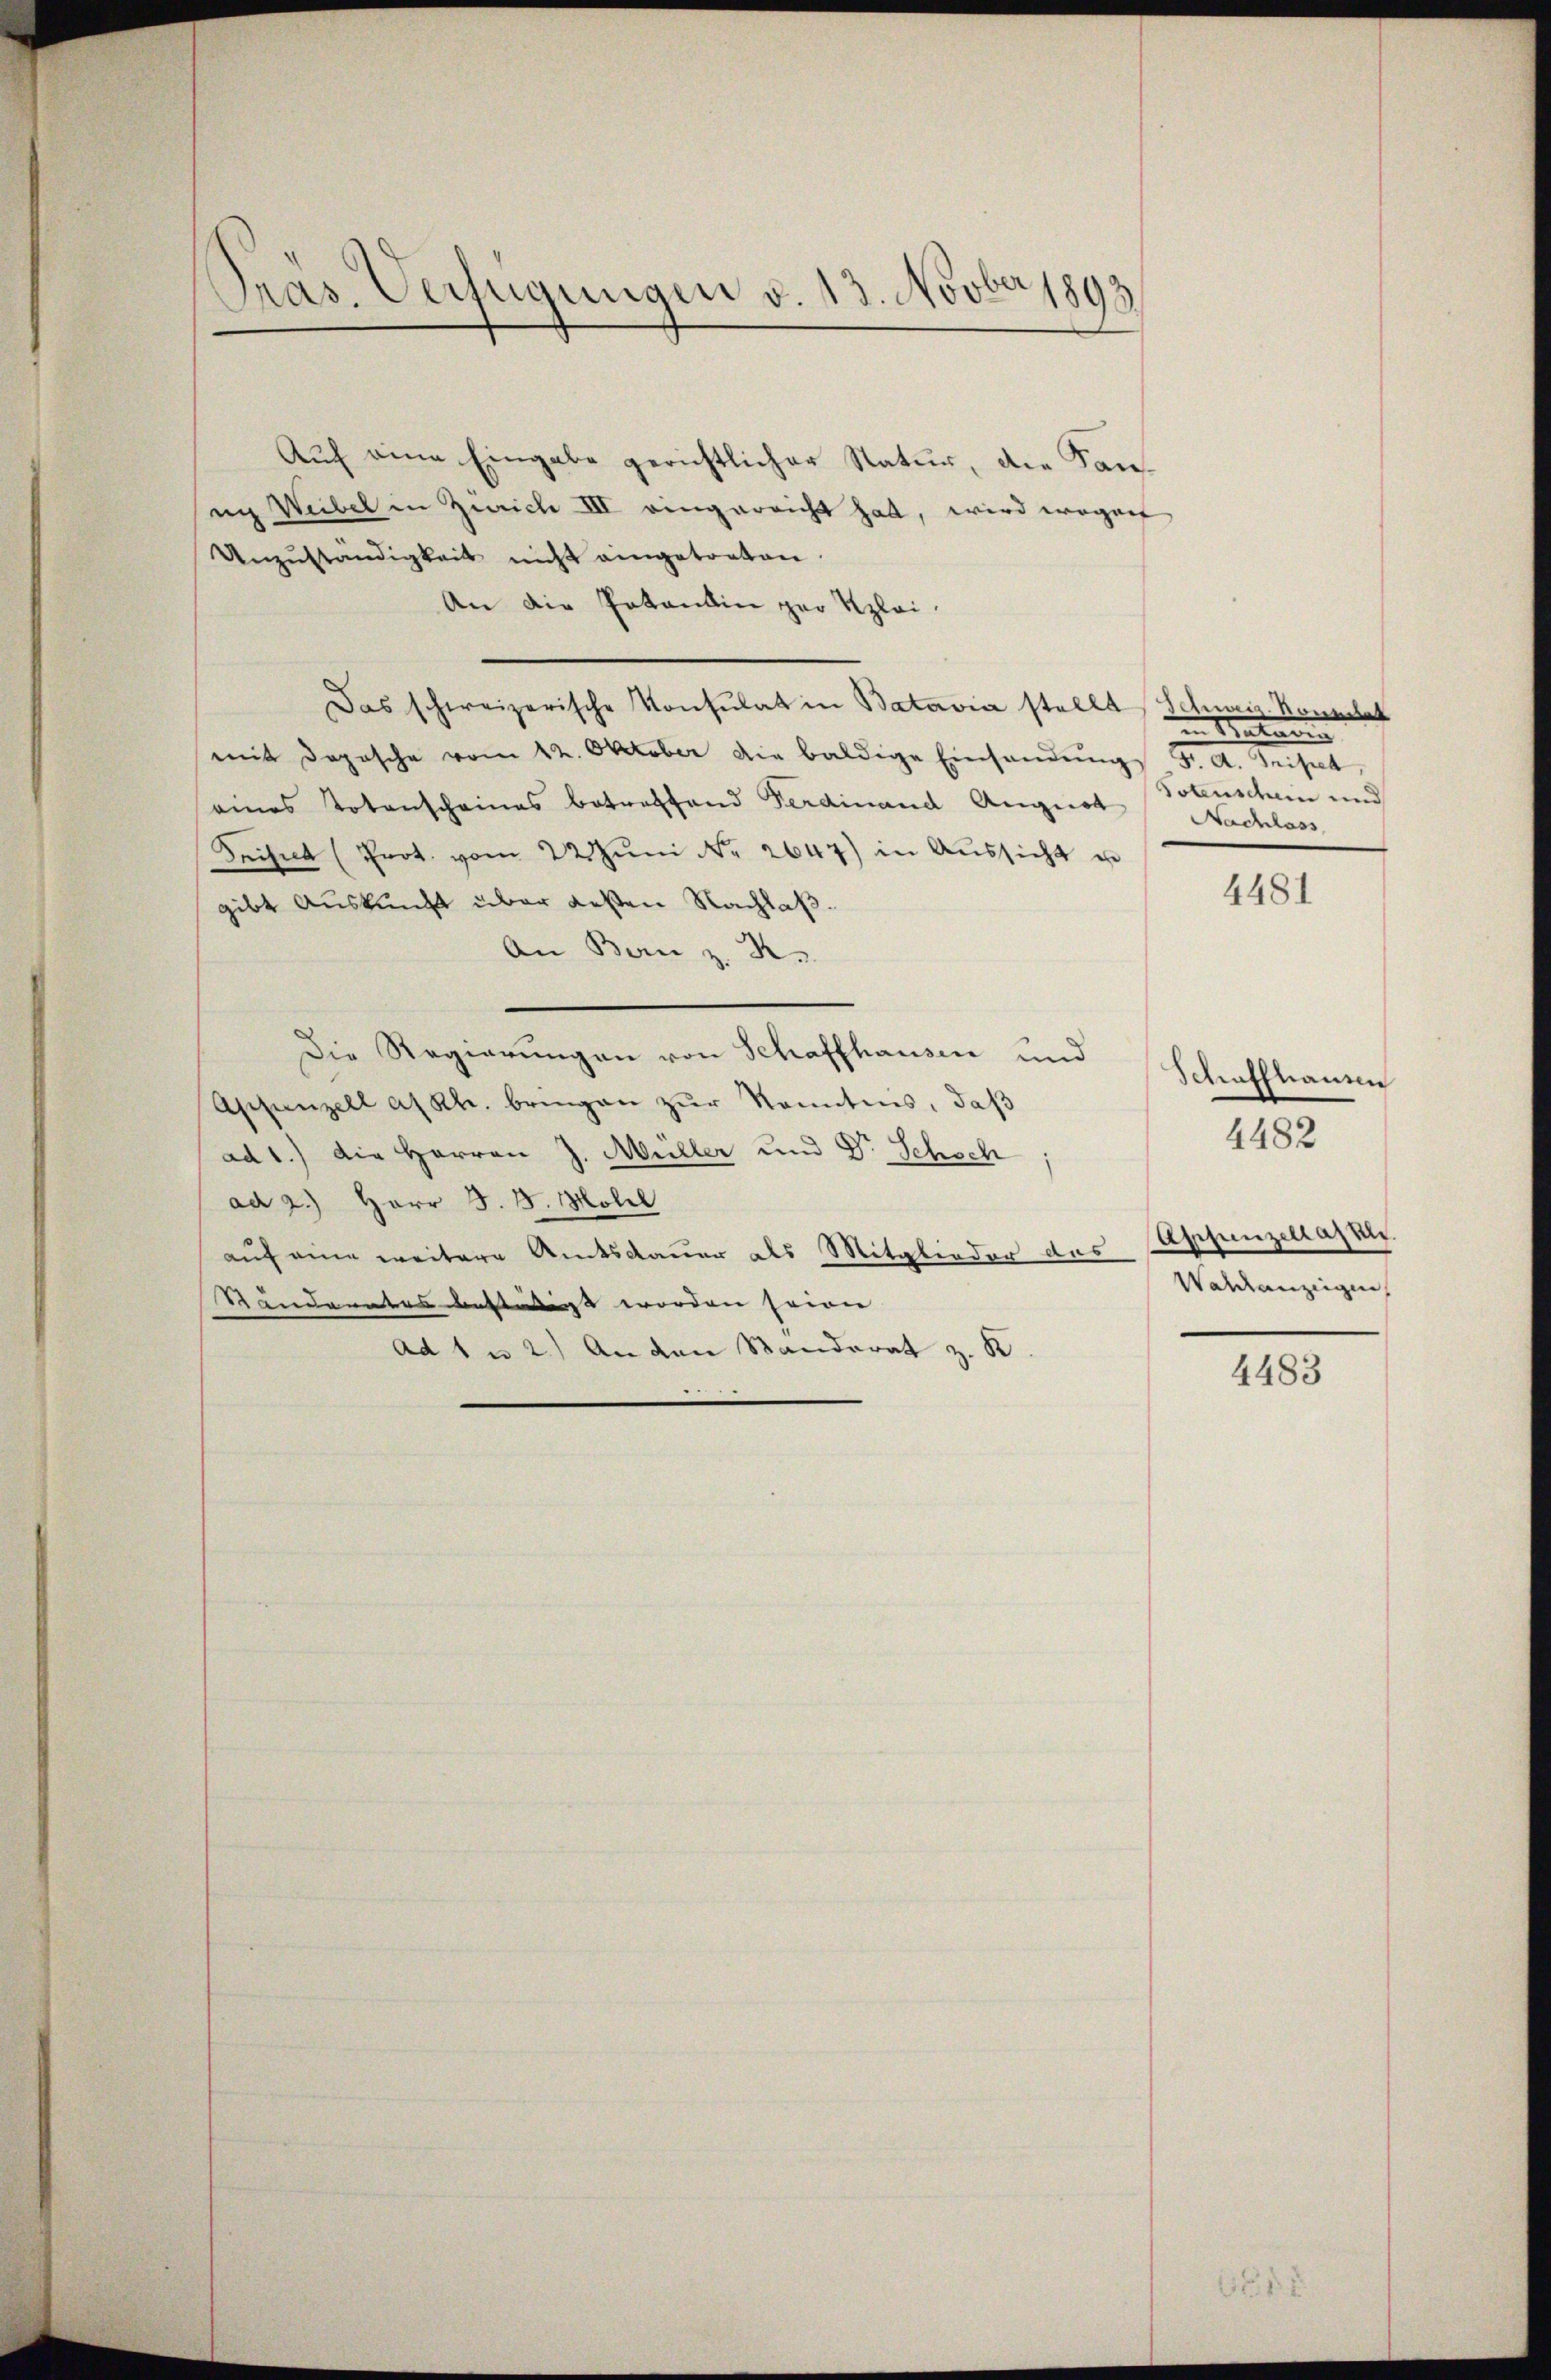
Pras. Verfügungen v. 13. Novber 1893

Auf eine Eingabe gerichtlicher Natur, die Sannn Weibel in Zürich III eingereicht hat, wird wegen
Unzŭständigkeit nicht eingetreten.
An die Patentin zur Klei¬
Das schweizerische Konsulat in Batavia stellt
mit doposche vom 12. Oktober die baldige Einsendŭng Fr. A. Tripet
eines Totenscheines betreffend Ferdinand August Nachlass
Zeisit (Prot. vom 22. Jŭni Nr. 2647) in Aŭssicht un
gibt Auskunft über deßen Nachlaß.
An Bern z. R.
Die Regierungen von Schaffhausen und Schraffhausen
Appenzell a/Rh. bringen zur Kenntnis, daß
ad 1.) Die Herren J. Müller und Dr. Schsch
ad 2.) Herr S. 8. Molil
auf eine weitere Amtsdauer als Mitglieder des Appenzellaskli
Standantes bestimmt worden seien |
ad 1 u 2.) An den Standerat z. B.

Schweiz. Nonnitat
in Naturg
Potenschen und

4481

Waldanzeigen,

4482

4483